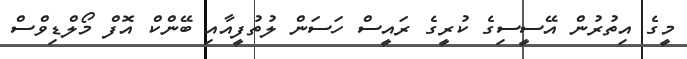
މީގެ އިތުރުން އޭސީސިގެ ކުރީގެ ރައީސް ހަސަން ލުތުފީއާއި ބޭންކް އޮފް މޯލްޑިވްސް